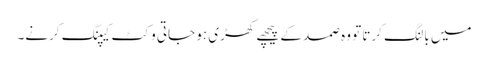
میں بالنگ کرتا تو وہ صمد کے پیچھے کھڑی ہو جاتی وکٹ کیپنگ کرنے۔